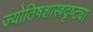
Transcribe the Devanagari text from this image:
ज्योतिषशास्त्रदृष्ट्या